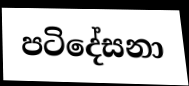
පටිදේසනා